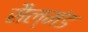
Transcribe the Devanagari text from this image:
सैल्मंड